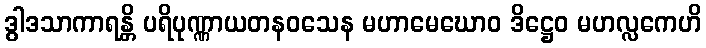
ဒွါဒသာကာရန္တိ ပရိပုဏ္ဏာယတနဝသေန မဟာမေဃောဝ ဒိဋ္ဌေဝ မဟလ္လကေဟိ